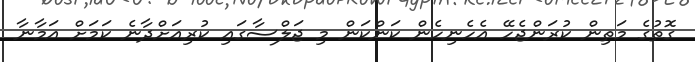
ގޮތުގެ މަތިން ކުރަންޖެހޭ އެހެނިހެން ކަންކަން މި ޖަލްސާގައި ކުރިއަށްދާނެ ކަމަށް އަމާނާ